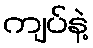
ကျပ်နဲ့